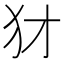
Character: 犲